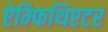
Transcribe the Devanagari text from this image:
ऐम्फिथिएटर